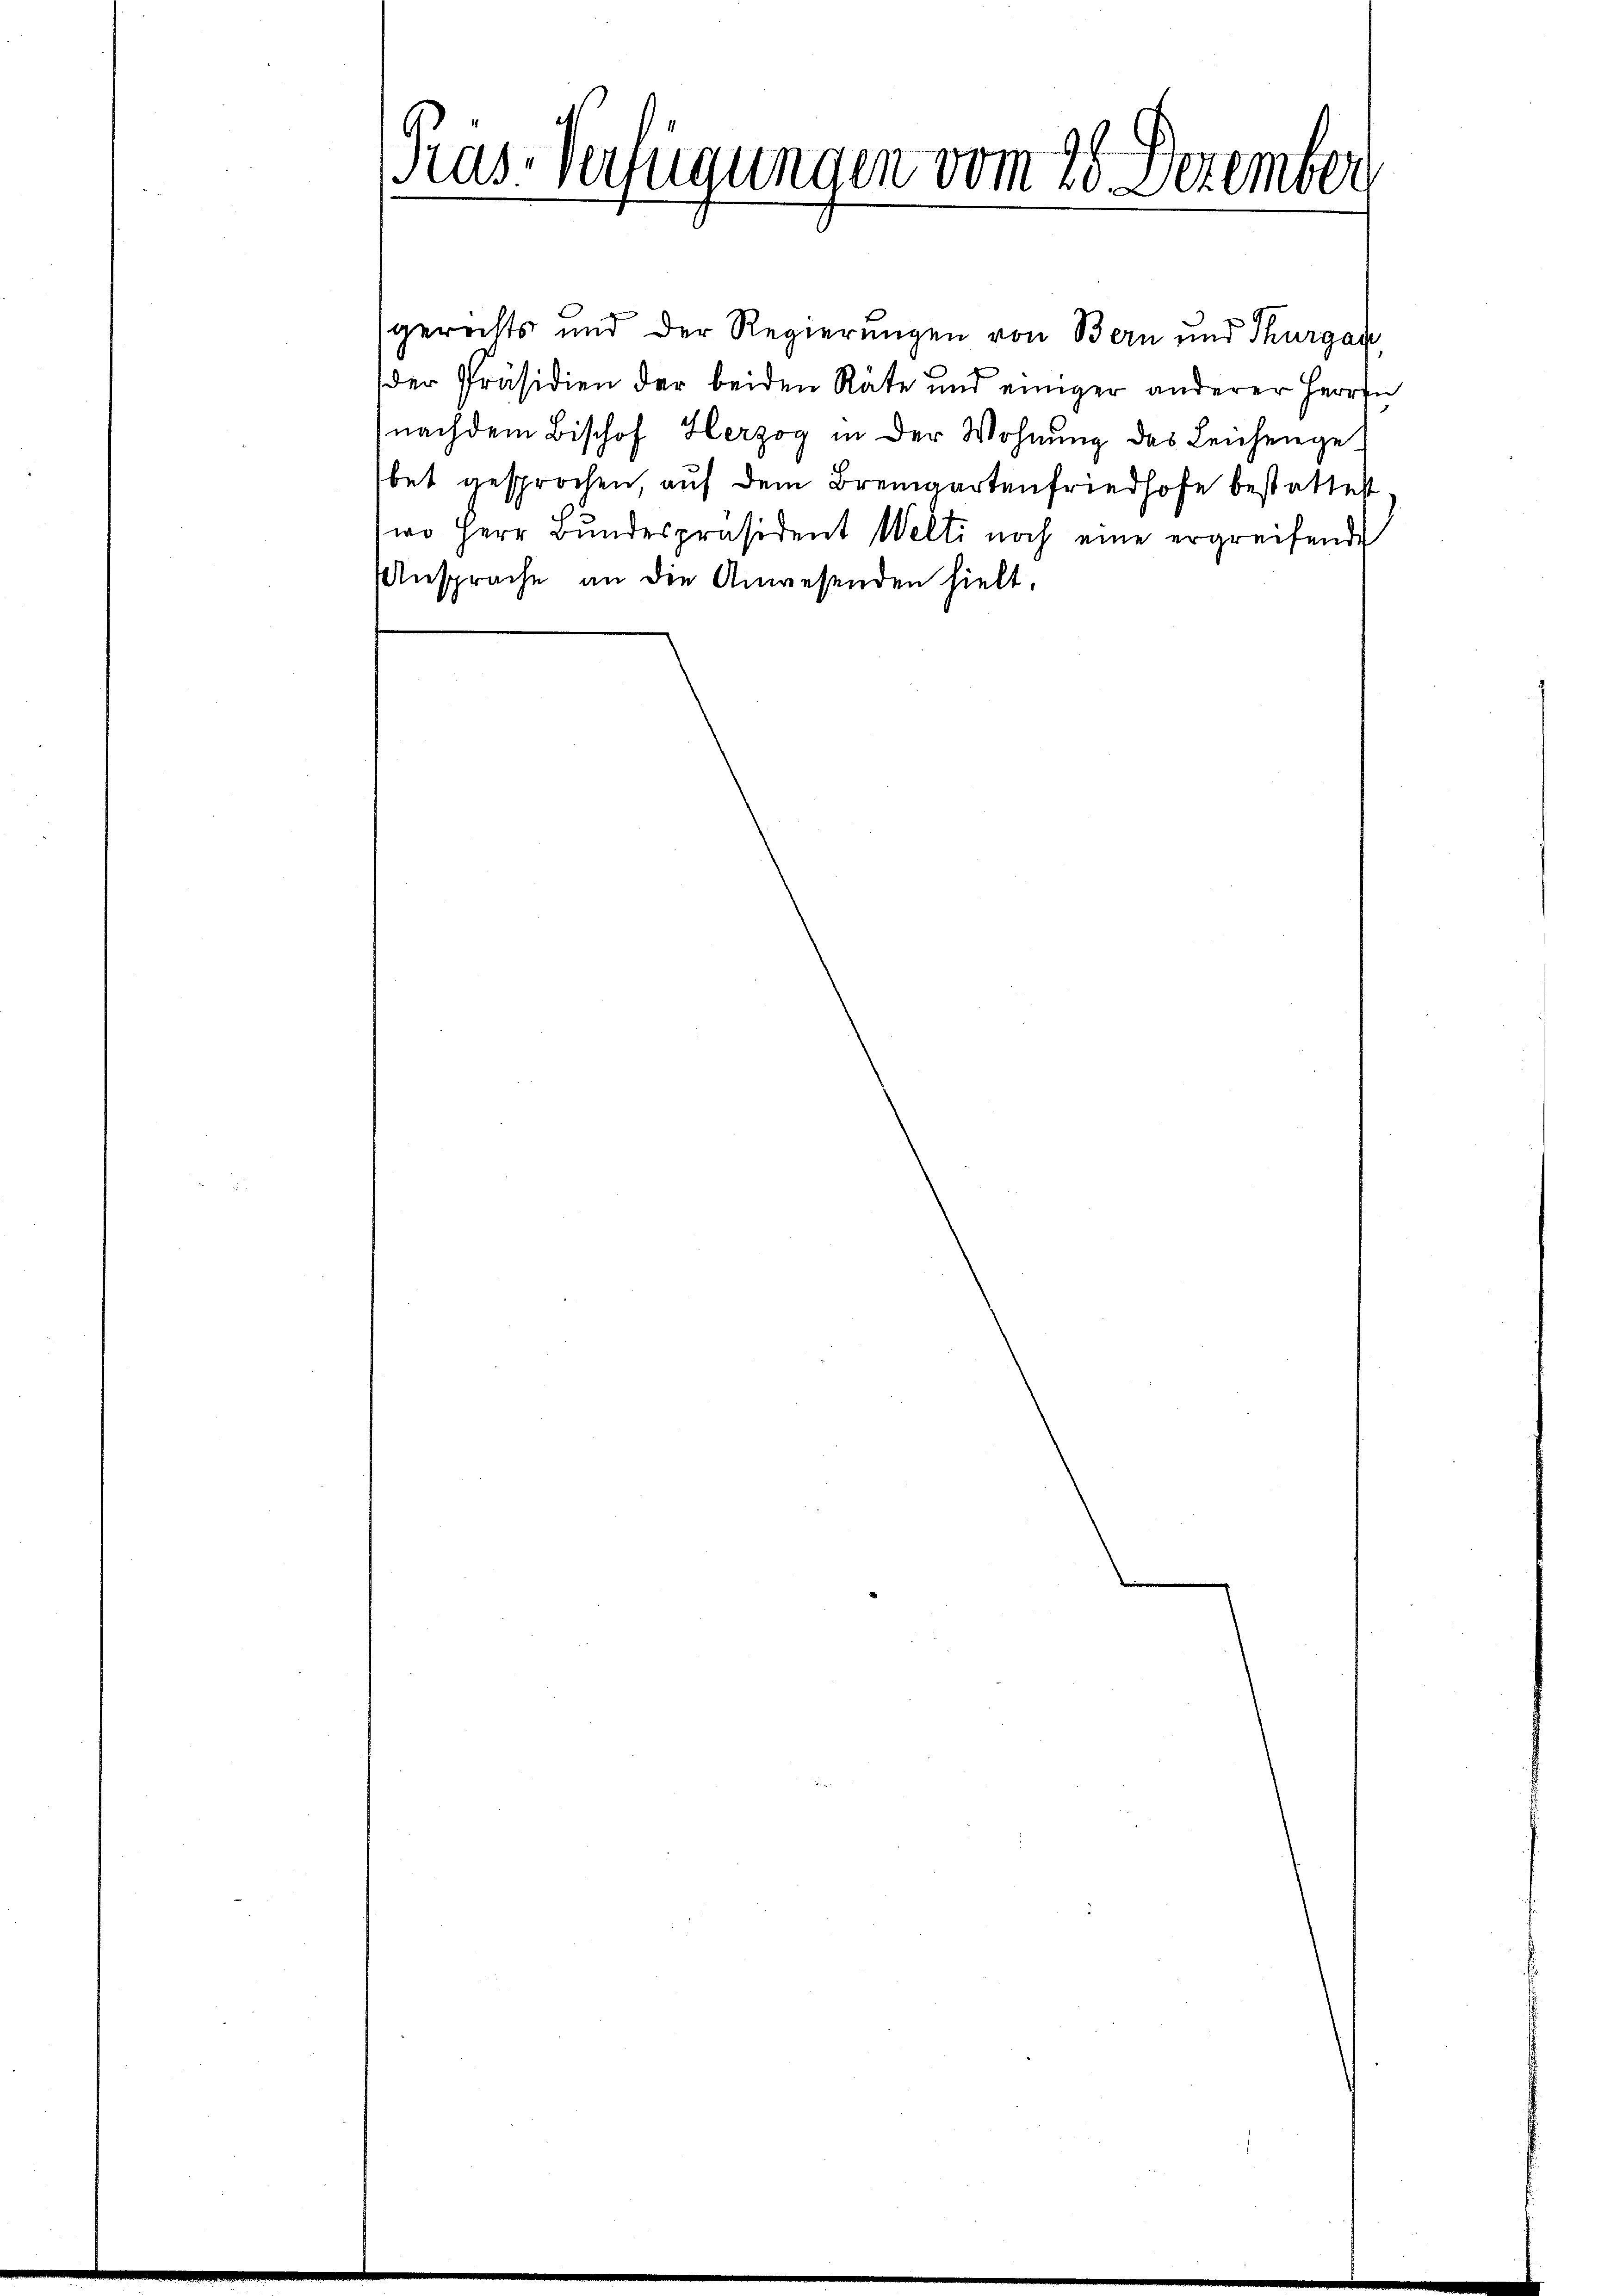
Kas-Verfügungen vom 28. Dezember

gerechts und der Regierungen von Bern und Thurgau
der Präsidien der beiden Räte und einiger anderer Herrn
(nachdem Bischof Herzog in der Wohnung des Leichengebet gesprochen, auf dem Bremgartenfriedhofe bestattest
wo Herr Bŭndespräsident Welti noch eine ergreifende
Ansprache an die Anwesenden hielt.